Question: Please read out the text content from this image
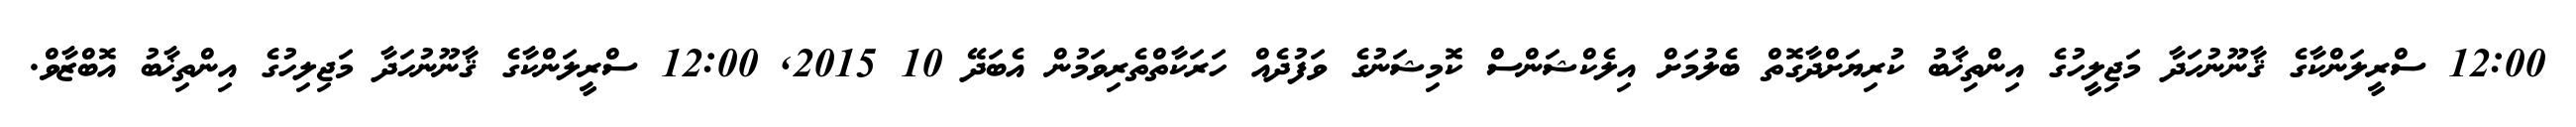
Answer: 12:00 ސްރީލަންކާގެ ޤާނޫނުހަދާ މަޖިލީހުގެ އިންތިޚާބު ކުރިޔަށްދާގޮތް ބެލުމަށް އިލެކްޝަންސް ކޮމިޝަނުގެ ވަފުދެއް ހަރަކާތްތެރިވަމުން އެބަދޭ 10 2015, 12:00 ސްރީލަންކާގެ ޤާނޫނުހަދާ މަޖިލިހުގެ އިންތިޚާބު އޮބްޒާވް.